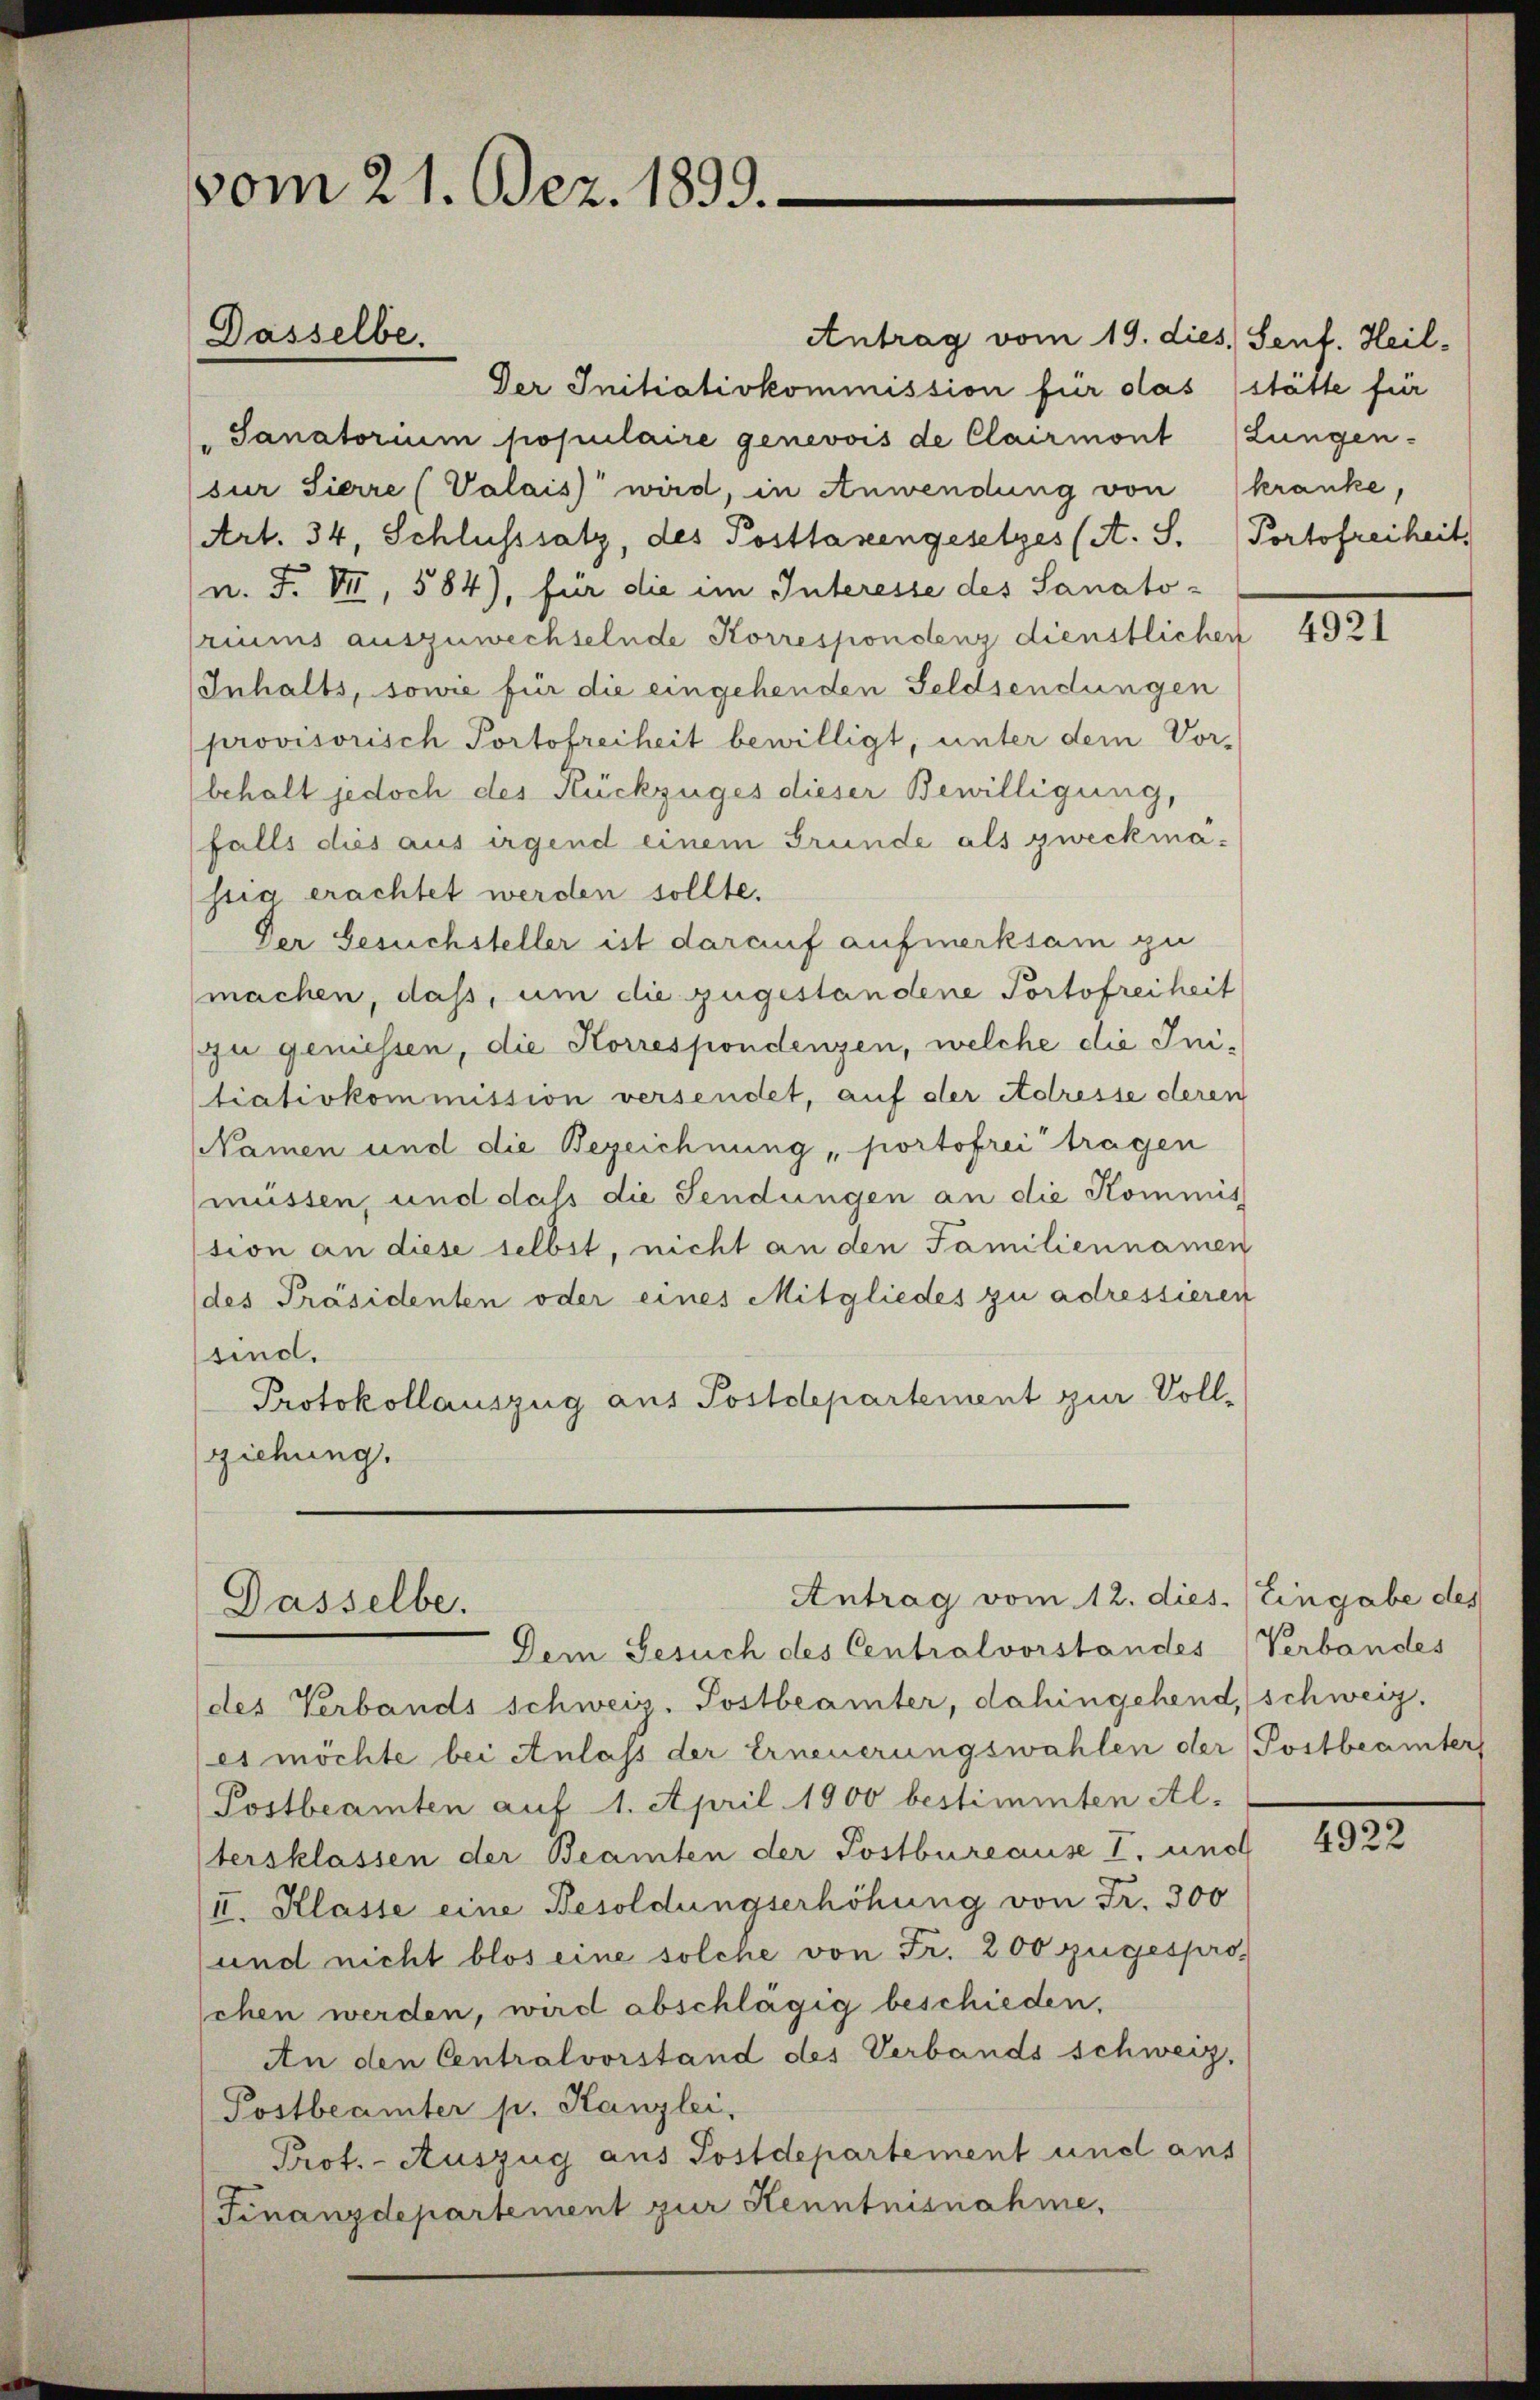
vom 21. Dez. 1899.

Dasselbe.

Dasselbe

Antrag vom 19. dies, Sent. Heil¬
Der Initiativkommission für das (stätte für
Sanatorium populaire genevois de Clairmont Lungen-
sur Sierre (Valais wird, in Anwendung von kranke,
Art. 34, Schlusssatz, des Posttasengesetzes (A. S. Portofreiheit
F. VII, 584), für die im Interesse des Sanatoriums auszuwechselnde Korrespondenz dienstlichen
Inhalts, sowie für die eingehenden Feldsendungen
provisorisch Portofreiheit bewilligt, unter dem Vor-
behalt jedoch des Rückzuges dieser Bewilligung,
falls dies aus irgend einem Grunde als zweckmässia erachtet werden sollte.
Der Gesuchsteller ist darauf aufmerksam zu
machen, daß, um die zugestandene Portofreiheit
zu geniessen, die Korrespondenzen, welche die Initiativkommission versendet, auf der Adresse deren
Namen und die Bezeichnung portofrei tragen
müssen, und dass die Sendungen an die Kommis
sion an diese selbst, nicht an den Familiennamen
(des Präsidenten oder eines Mitgliedes zu adressieren
sind.
Protokollauszug aus Postdepartement zur Vollziehung.

Antrag vom 12. dies. Eingabe des

Dem Gesuch des Centralvorstandes
(des Verbands schweiz. Postbeamter, dahingehend, schweiz.
es möchte bei Anlass der Erneuerungswahlen der Postbeamter
Postbeamten auf 1. April 1900 bestimmten Al-
tersklassen der Beamten der Postbureause I. unch
II. Klasse eine Besoldungserhöhung von Fr. 300
und nicht blos eine solche von Fr. 200 zugesprosehen werden, wird abschlägig beschieden,
An den Centralvorstand des Verbands schweiz.
Postbeamter p. Kanzlei,
Prot. - Auszug aus Postdepartement und aus
(Finanzdepartement zur Kenntnisnahme,

4921

Verbandes

4922